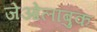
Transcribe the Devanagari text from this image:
जेओलाबुक